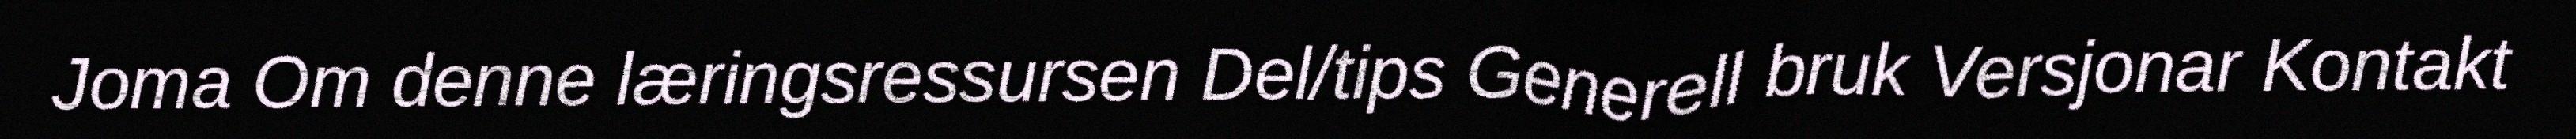
Joma Om denne læringsressursen Del/tips Generell bruk Versjonar Kontakt